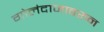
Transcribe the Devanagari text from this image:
गोलंदाजावरुन